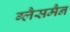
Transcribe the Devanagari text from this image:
ग्लैसमैन